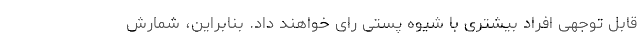
قابل توجهی افراد بیشتری با شیوه پستی رای خواهند داد. بنابراین، شمارش